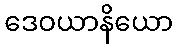
ဒေဝယာနိယော